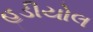
હડીયોલ